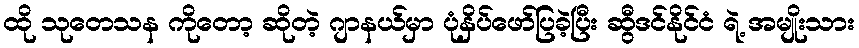
ထို သုတေသန ကိုတော့ ဆိုတဲ့ ဂျာနယ်မှာ ပုံနှိပ်ဖော်ပြခဲ့ပြီး ဆွီဒင်နိုင်ငံ ရဲ့ အမျိုးသား